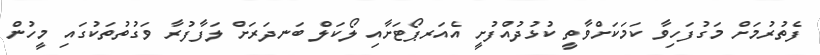
ފެތުރުމަށް މަގުފަހިވާ ކަމަކަށްވާތީ ކުޅުދުއްފުށީ އެއަރޕޯޓަށާއި ލޯކަލް ބަނދަރަށް ލަފާފުރާ ވަގުތުތަކުގައި މީހުން